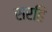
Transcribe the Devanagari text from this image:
सरहि